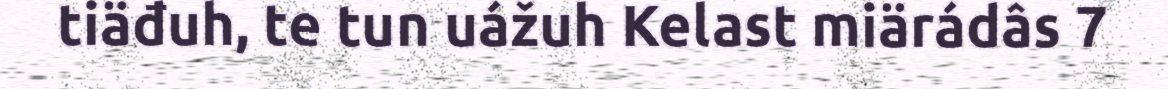
tiäđuh, te tun uážuh Kelast miärádâs 7